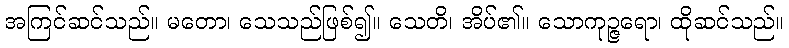
အကြင်ဆင်သည်။ မတော၊ သေသည်ဖြစ်၍။ သေတိ၊ အိပ်၏။ သောကုဉ္ဇရော၊ ထိုဆင်သည်။